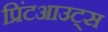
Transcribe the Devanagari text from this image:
प्रिंटआउट्स